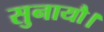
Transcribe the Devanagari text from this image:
सुनायौ।